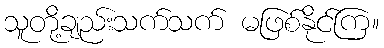
သူတို့ချည်းသက်သက် မဖြစ်နိုင်ကြ။